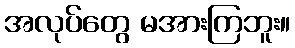
အလုပ်တွေ မအားကြဘူး။